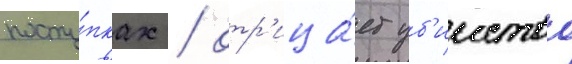
посту́пках / отр'ица́ет уб'ииство